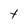
Character: t